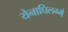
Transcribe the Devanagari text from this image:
येनाघिलग्मे